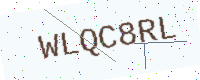
Text: WLQC8RL